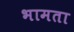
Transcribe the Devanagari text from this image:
भामता